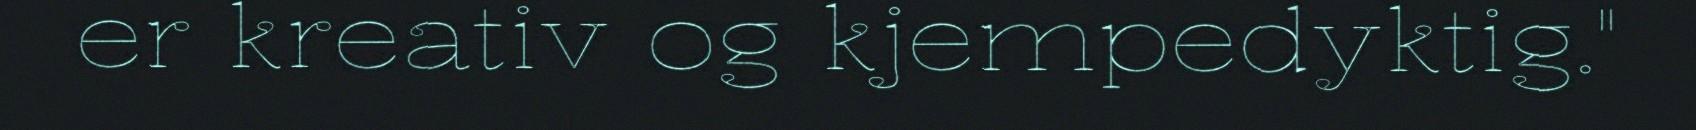
er kreativ og kjempedyktig."